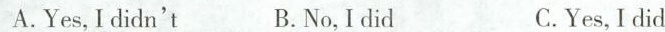
A.Yes,I didn't B.No,Idid C.Yes, I did